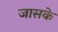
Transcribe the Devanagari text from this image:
जासके